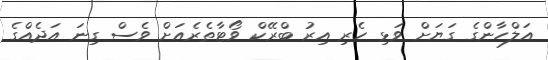
އަލްހާންގެ ގަޔަށް ވަޅި ހެރި އިރު ބްރޭކް ވޯޓާތެރެއަށް ވެސް ގިނަ އަދެއްގެ